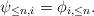
LaTeX: \begin{align*} \psi_{\le n, i} = \phi_{i, \le n}. \end{align*}